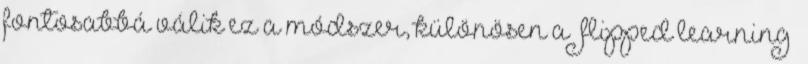
fontosabbá válik ez a módszer, különösen a „flipped learning”